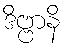
ဒိဗ္ဗာနိ